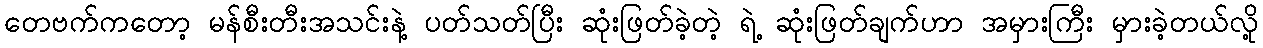
တေဗက်ကတော့ မန်စီးတီးအသင်းနဲ့ ပတ်သတ်ပြီး ဆုံးဖြတ်ခဲ့တဲ့ ရဲ့ ဆုံးဖြတ်ချက်ဟာ အမှားကြီး မှားခဲ့တယ်လို့